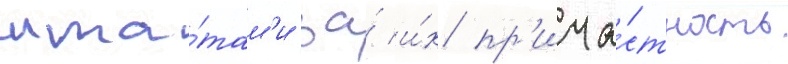
шта́там'и за́ и́х пр'ича́стность